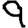
Digit: 9